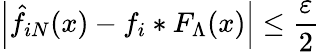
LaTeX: \left|\hat{f}_{iN}(x)-f_{i}*F_{\Lambda}(x)\right|\le\frac{\varepsilon}{2}